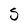
Character: S